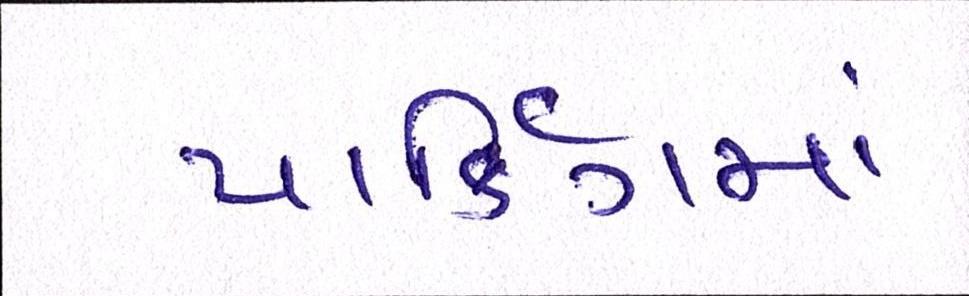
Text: પાર્કિંગમાં